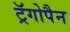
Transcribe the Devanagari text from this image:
ट्रॅगोपैन